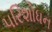
પરિશોધન